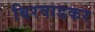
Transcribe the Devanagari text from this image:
बिरवाडकर